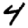
Digit: 4